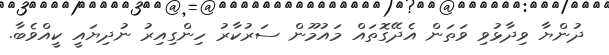
ދުންޔާ ވިދާޅުވި ވަތަން އެދޭގޮތައް މައުމޫން ސަރުކާރު ހިންގިއިރު ނުދިޔައީ ކީއްވެބާ.